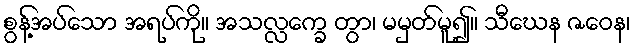
စွန့်အပ်သော အရပ်ကို။ အသလ္လက္ခေ တွာ၊ မမှတ်မူ၍။ သီဃေန ဇဝေန၊